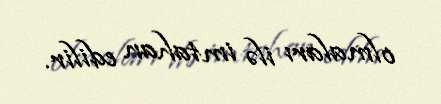
olmaları ilə imtahan edilir.